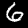
Digit: 6